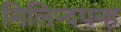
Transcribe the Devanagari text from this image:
मिलिन्दपन्ह